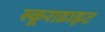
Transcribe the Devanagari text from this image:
स्कूराडाइट